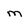
Character: m